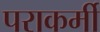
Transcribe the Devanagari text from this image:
पराकर्मी